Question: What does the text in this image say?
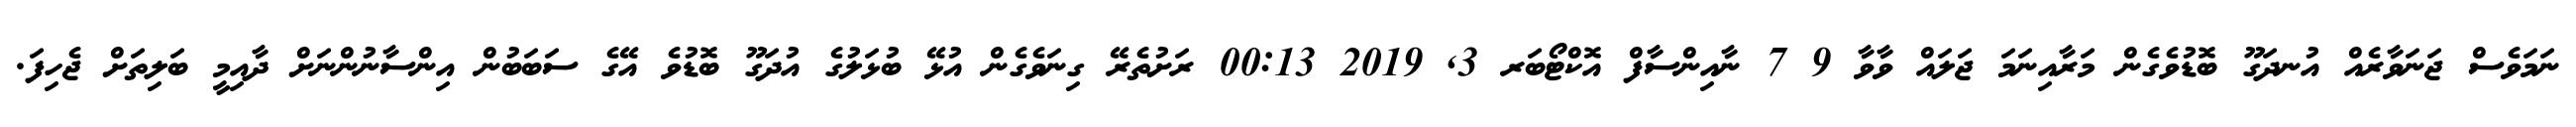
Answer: ނަމަވެސް ޖަނަވާރެއް އުނދަގޫ ބޮޑުވެގެން މަރާއިނަމަ ޖަލައް ވާވާ 9 7 ނާއިންސާފް އޮކްޓޯބަރ 3, 2019 00:13 ރަށުތެރޭ ގިނަވެގެން އުޅޭ ބުޅަލުގެ އުދަގޫ ބޮޑުވެ އޭގެ ސަބަބުން އިންސާނުންނަށް ދާއިމީ ބަލިތަށް ޖެހިފަ.